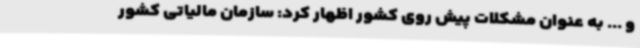
و ... به عنوان مشکلات پیش روی کشور اظهار کرد: سازمان مالیاتی کشور